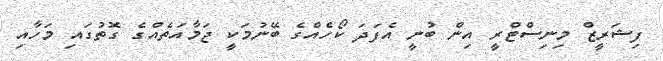
ފިޝަރީޒް މިނިސްޓްރީ އިން ބުނީ އެފަދަ ކޯހެއްގެ ބޭނުމަކީ ޖަމާއަތެއްގެ ގޮތުގައި މަހާއި